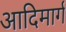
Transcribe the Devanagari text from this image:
आदिमार्ग